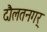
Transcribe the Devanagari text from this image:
दौलतनगर्